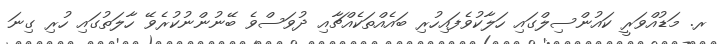
ރ. މަޑުއްވަރީ ކައުންސިލްގައި ހަލާކުވެފައިހުރި ބައެއްތަކެއްޗާއި ދުވަސްވެ ބޭނުންނުކުރެވޭ ހާލަތުގައި ހުރި ގިނަ